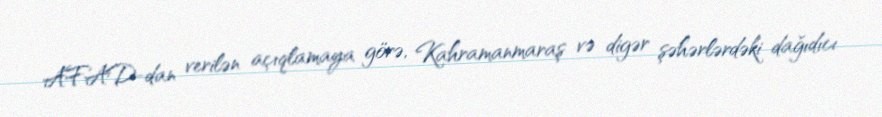
AFAD-dan verilən açıqlamaya görə, Kahramanmaraş və digər şəhərlərdəki dağıdıcı